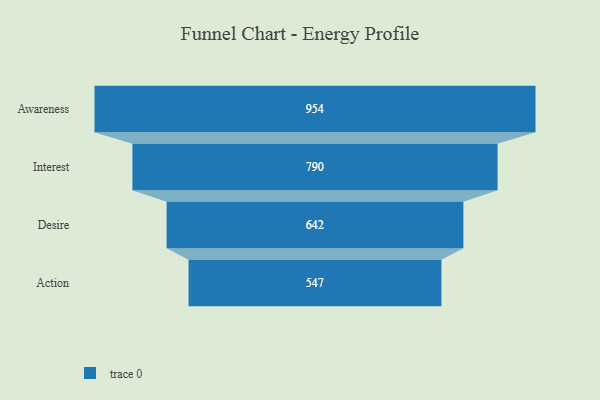
{"axis": {"x": "Stage", "y": "Value"}, "legend": [""], "data": [{"x": "Awareness", "y": 954.0, "type": ""}, {"x": "Interest", "y": 790.0, "type": ""}, {"x": "Desire", "y": 642.0, "type": ""}, {"x": "Action", "y": 547.0, "type": ""}]}